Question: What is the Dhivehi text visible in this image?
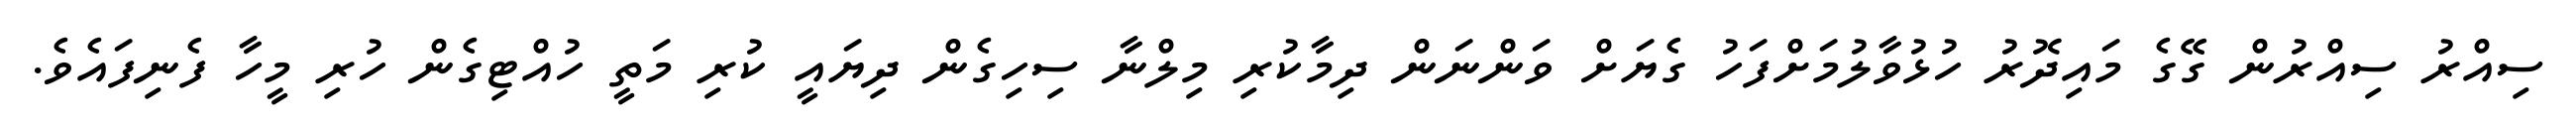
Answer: ސިއްރު ސިއްރުން ގޭގެ މައިދޮރު ހުޅުވާލުމަށްފަހު ގެޔަށް ވަންނަން ދިމާކުރި މިލްނާ ސިހިގެން ދިޔައީ ކުރި މަތީ ހުއްޓިގެން ހުރި މީހާ ފެނިފައެވެ.